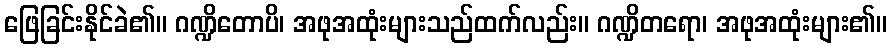
ဖြေခြင်းနိုင်ခဲ၏။ ဂဏ္ဍိတောပိ၊ အဖုအထုံးများသည်ထက်လည်း။ ဂဏ္ဍိတရော၊ အဖုအထုံးများ၏။